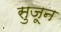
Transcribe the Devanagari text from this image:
सुजून